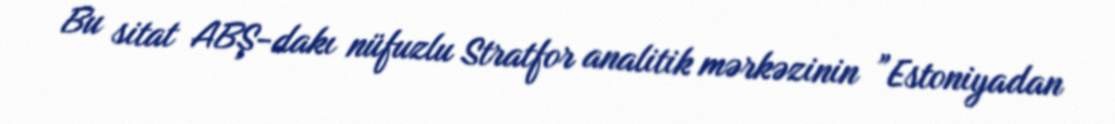
Bu sitat ABŞ-dakı nüfuzlu Stratfor analitik mərkəzinin ”Estoniyadan